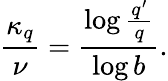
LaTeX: \frac{\kappa_{q}}{\nu}=\frac{\log\frac{q^{\prime}}{q}}{\log b}.